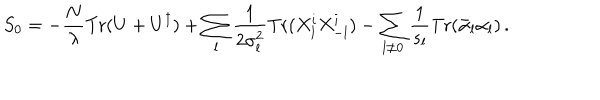
S _ { 0 } = - { \frac { N } { \lambda } } \mathrm { T r } ( U + U ^ { \dagger } ) + \sum _ { l } { \frac { 1 } { 2 \sigma _ { l } ^ { 2 } } } \mathrm { T r } ( X _ { l } ^ { i } X _ { - l } ^ { i } ) - \sum _ { l \not = 0 } { \frac { 1 } { s _ { l } } } \mathrm { T r } ( \bar { \alpha } _ { l } \alpha _ { l } ) \, .